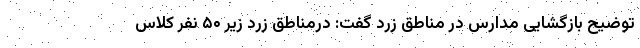
توضیح بازگشایی مدارس در مناطق زرد گفت: درمناطق زرد زیر ۵۰ نفر کلاس